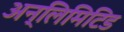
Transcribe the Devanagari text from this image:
अन्लिमिटिड